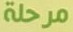
مرحلة